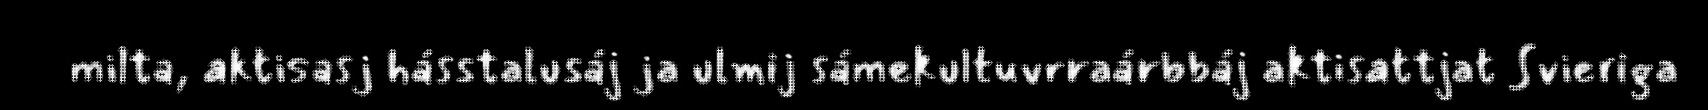
milta, aktisasj hásstalusáj ja ulmij sámekultuvrraárbbáj aktisattjat Svieriga